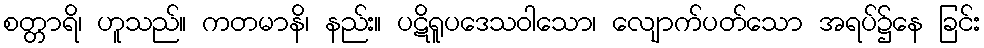
စတ္တာရိ၊ ဟူသည်။ ကတမာနိ၊ နည်း။ ပဋိရူပဒေသဝါသော၊ လျောက်ပတ်သော အရပ်၌နေ ခြင်း